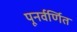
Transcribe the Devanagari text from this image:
पूनर्वर्णित